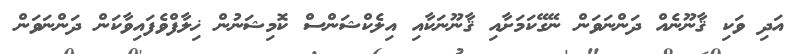
އަދި ވަކި ޤާނޫނެއް ދަންނަވަން ނޭގޭކަމަށާއި ޤާނޫނަކާއި އިލެކްޝަންސް ކޮމިޝަނުން ޚިލާފްވެފައިވާކަން ދަންނަވަން